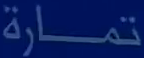
تمارَة